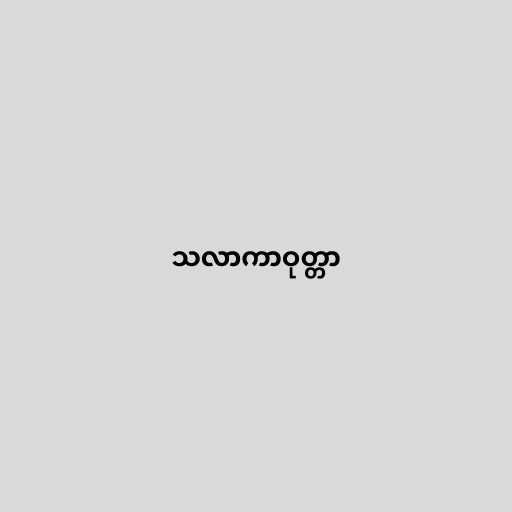
သလာကာဝုတ္တာ